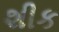
શીક